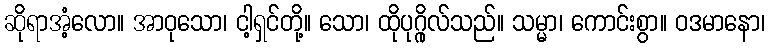
ဆိုရာအံ့လော။ အာဝုသော၊ ငါ့ရှင်တို့။ သော၊ ထိုပုဂ္ဂိုလ်သည်။ သမ္မာ၊ ကောင်းစွာ။ ဝဒမာနော၊